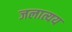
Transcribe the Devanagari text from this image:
जलात्यय